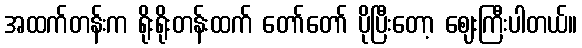
အထက်တန်းက ရိုးရိုးတန်းထက် တော်တော် ပိုပြီးတော့ ဈေးကြီးပါတယ်။